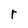
Character: r